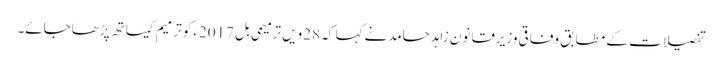
تفصیلات کے مطابق وفاقی وزیرقانون زاہدحامدنے کہا کہ 28ویں ترمیمی بل 2017ء کوترمیم کیساتھ پڑھاجائے۔